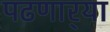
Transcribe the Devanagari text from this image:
पढणार्‍या